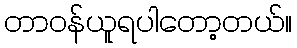
တာဝန်ယူရပါတော့တယ်။